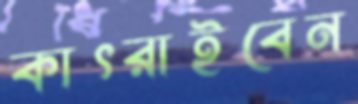
কাৎরাইবেন